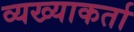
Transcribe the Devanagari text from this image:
व्यख्याकर्ता